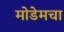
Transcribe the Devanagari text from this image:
मोडेमचा